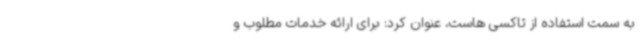
به سمت استفاده از تاکسی هاست، عنوان کرد: برای ارائه خدمات مطلوب و